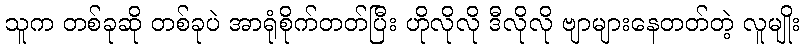
သူက တစ်ခုဆို တစ်ခုပဲ အာရုံစိုက်တတ်ပြီး ဟိုလိုလို ဒီလိုလို ဗျာများနေတတ်တဲ့ လူမျိုး